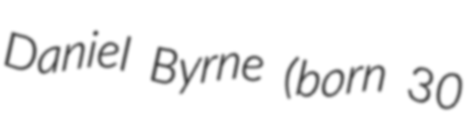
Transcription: Daniel Byrne (born 30